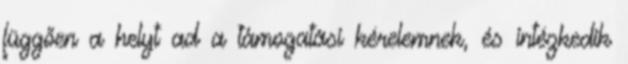
függően a helyt ad a támogatási kérelemnek, és intézkedik